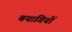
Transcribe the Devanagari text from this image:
बयागियों